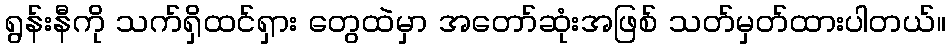
ရွန်းနီကို သက်ရှိထင်ရှား တွေထဲမှာ အတော်ဆုံးအဖြစ် သတ်မှတ်ထားပါတယ်။